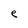
Character: e